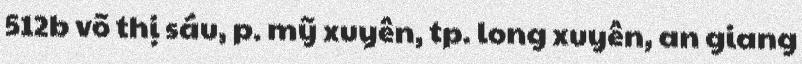
512b võ thị sáu, p. mỹ xuyên, tp. long xuyên, an giang